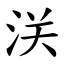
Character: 浂